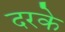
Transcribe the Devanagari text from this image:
दरके